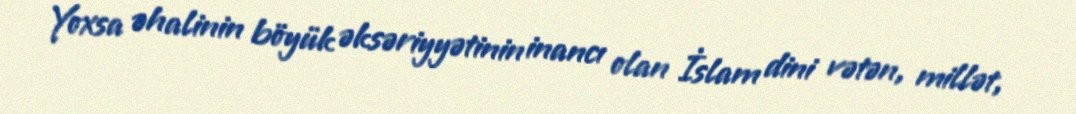
Yoxsa əhalinin böyük əksəriyyətinin inancı olan İslam dini vətən, millət,